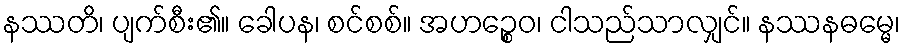
နဿတိ၊ ပျက်စီး၏။ ခေါပန၊ စင်စစ်။ အဟဉ္စေဝ၊ ငါသည်သာလျှင်။ နဿနဓမ္မေ၊